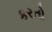
કરતો